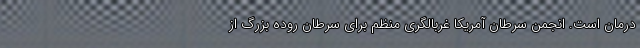
درمان است. انجمن سرطان آمریکا غربالگری منظم برای سرطان روده بزرگ از